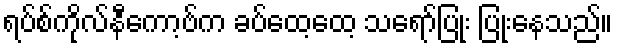
ရပ်စ်ကိုလ်နီကော့ဗ်က ခပ်ထေ့ထေ့ သရော်ပြုံး ပြုံးနေသည်။